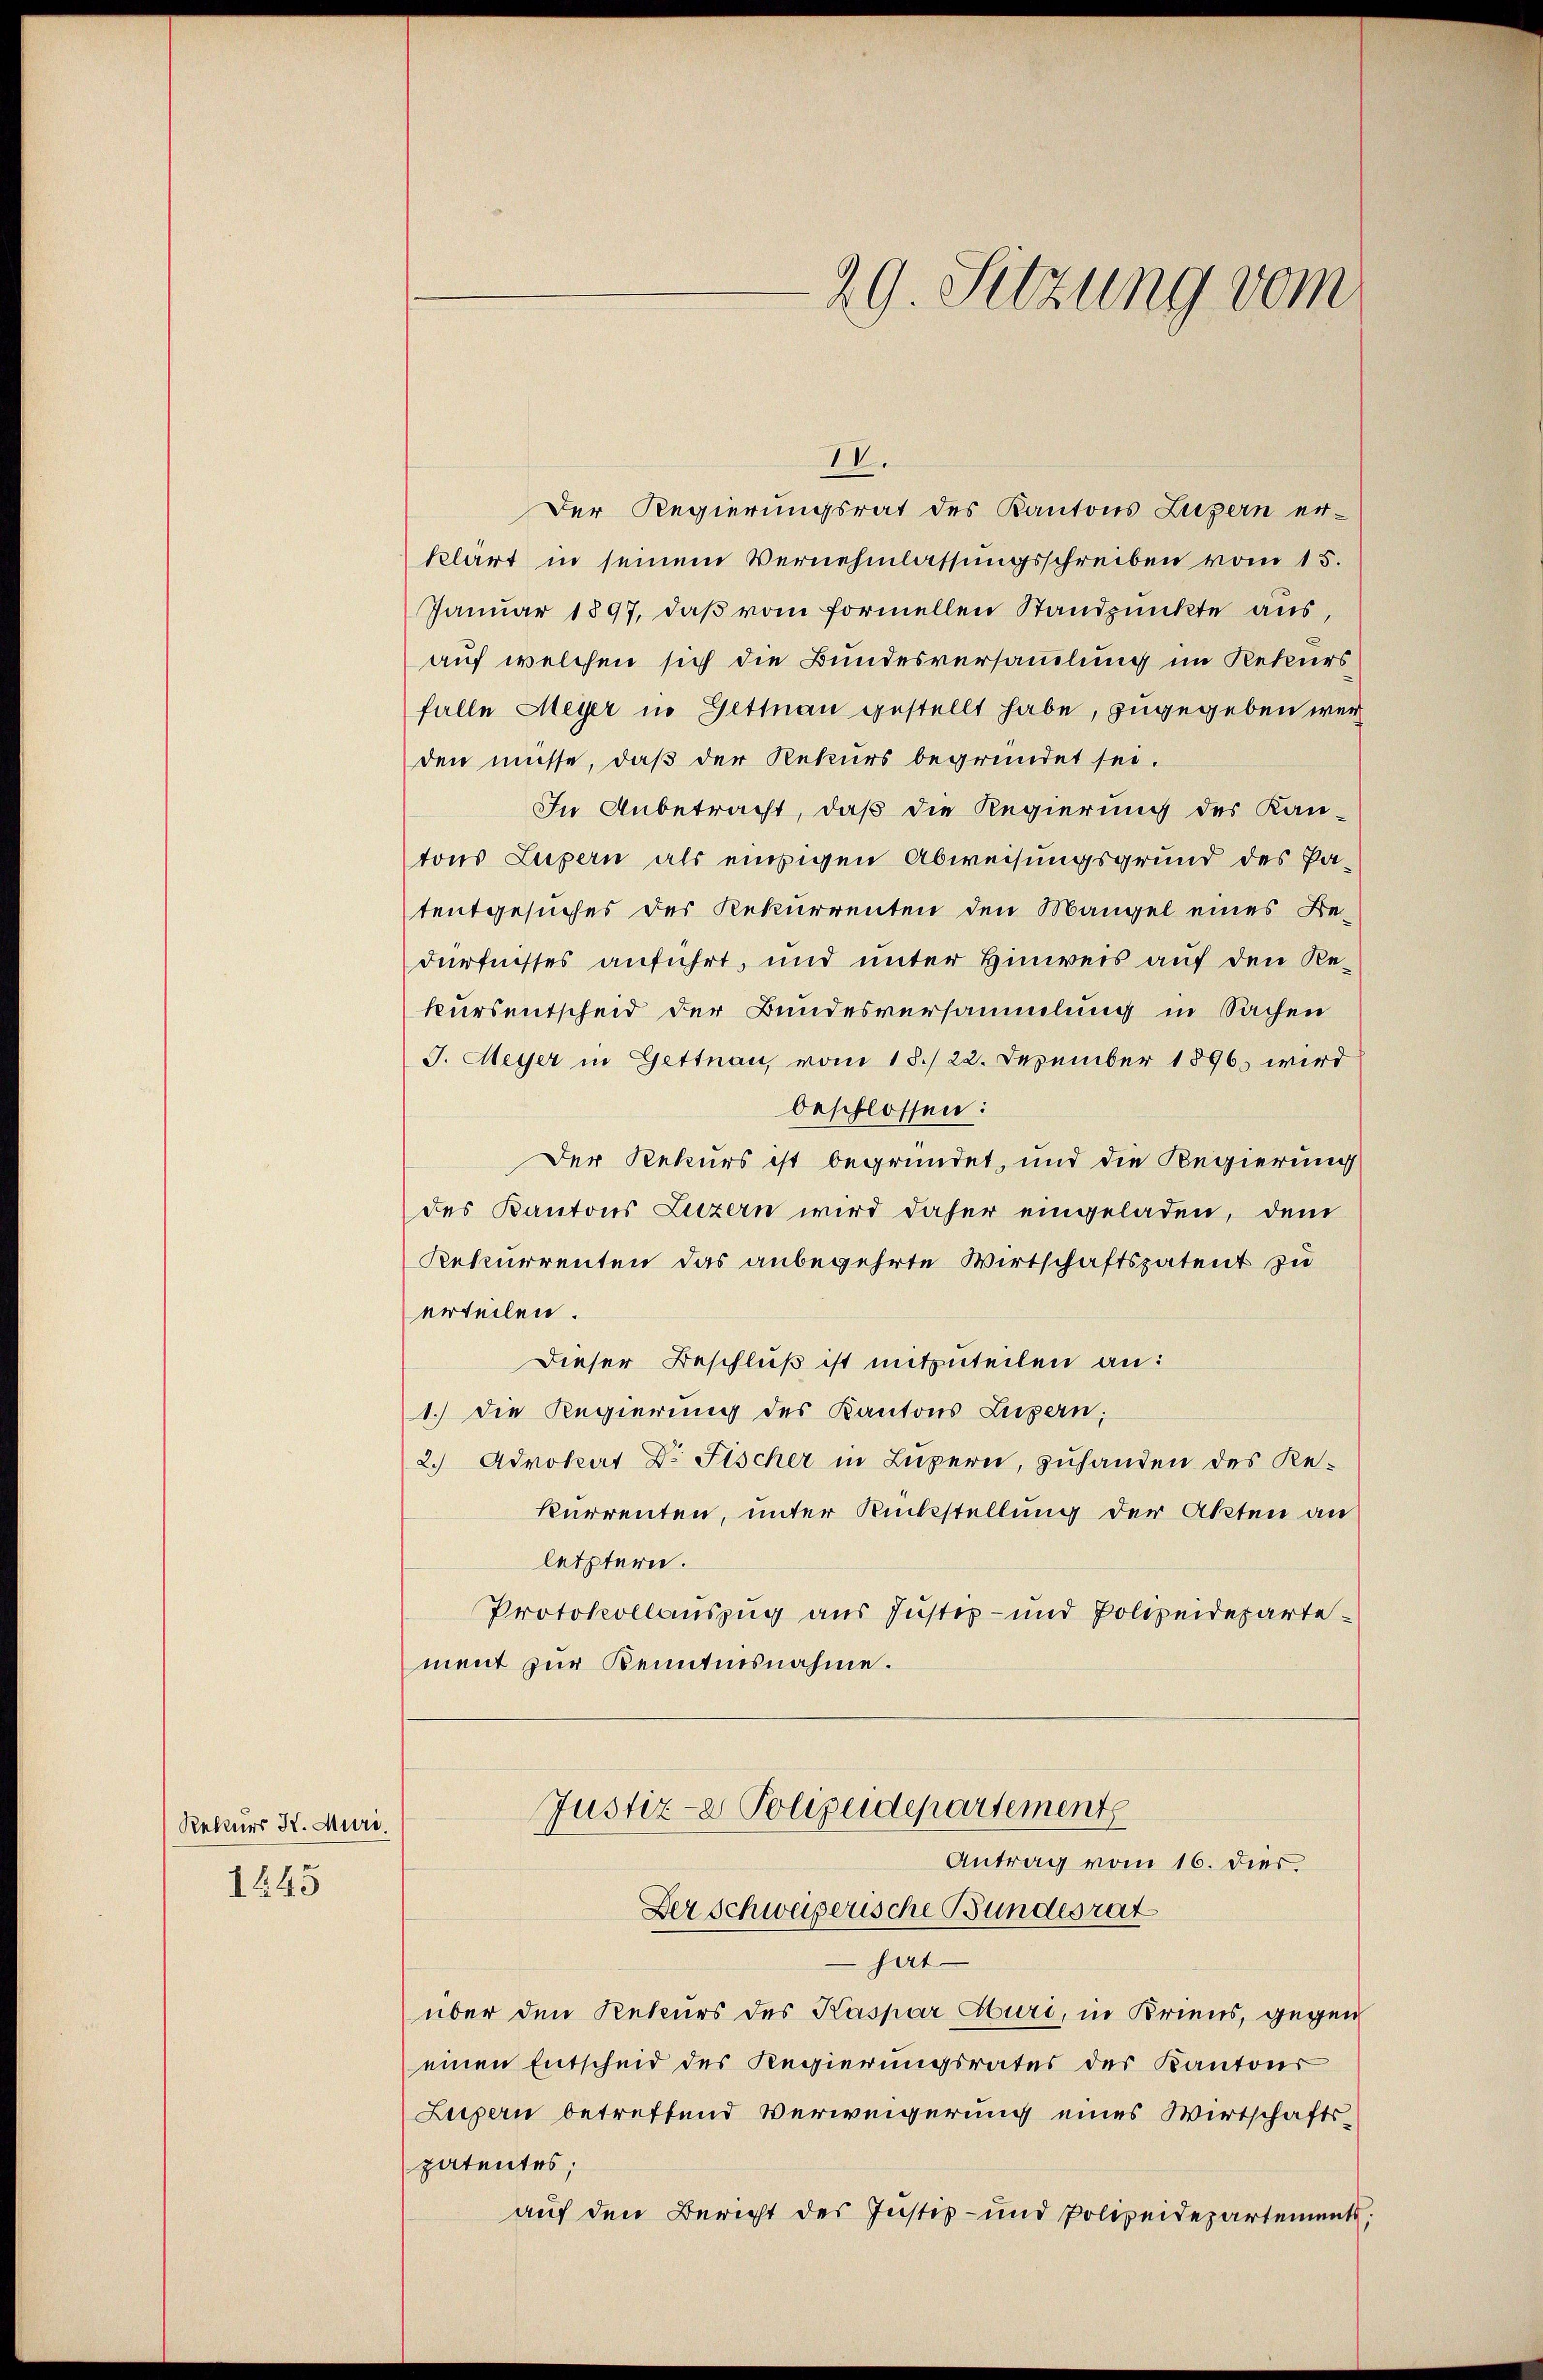
Rekurs H. Muri.
1245

29. Sitzung vom

IV.
Der Regierungsrat des Kantons Luzern er-
klärt in seinem Vernehmlassungsschreiben vom 15.
Januar 1897, daß vom formellen Standpunkte aus,
auf welchen sich die Bundesversammlung im Rekurs
falle Meyer in Gittnau gestellt habe, zugegeben werd
den müsse, daß der Rekurs begründet sei.
In Anbetracht, daß die Regierung des Kan
tons Lupern als einzigen Abweisungsgrund des Patentgesuches des Rekurrenten den Mangel eines Bedürfnisses anführt, und unter Hinweis auf den Rekursentscheid der Bundesversammlung in Sachen
J. Meyer in Gettnau, vom 15./22. Dezember 1896 wird
beschlossen:
Der Rekurs ist begründet, und die Regierung
des Kantons Luzern wird daher eingeladen, dem
Rekurrenten das anbegehrte Wirtschaftspatent zu
erteilen.
Dieser Beschluß ist mitzuteilen an:
1.) Die Regierung des Kantons Luzern;
2.) Advokat Dr. Fischer in Luzern, zuhanden des Re-
kurrenten, unter Rückstellung der Akten an
letztern.
Protokollauszug aus Justiz- und Polizeidepartement zur Kenntnisnahme.
Justiz- & Polizeidepartement
Antrag vom 16. dies.
Der Schweizerische Bundesrat
 hat
über den Rekurs des Kaspar Aburi, in Kriens, gegen
einen Entscheid des Regierungsrates des Kantons
Luzern betreffend Verweigerung eines Wirtschaftspatentes;
auf den Bericht des Justiz- und Polizeidepartements,